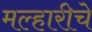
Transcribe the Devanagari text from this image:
मल्हारीचे